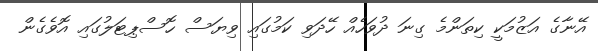
އޭނާގެ އަޒުމަކީ ކިތަންމެ ގިނަ ދުވަހެއް ހޭދަވި ކަމުގައި ވިޔަސް ހޮސްޕިޓަލުގައި އޮވެގެން